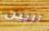
تزيين